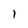
Character: l